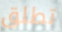
تطلق